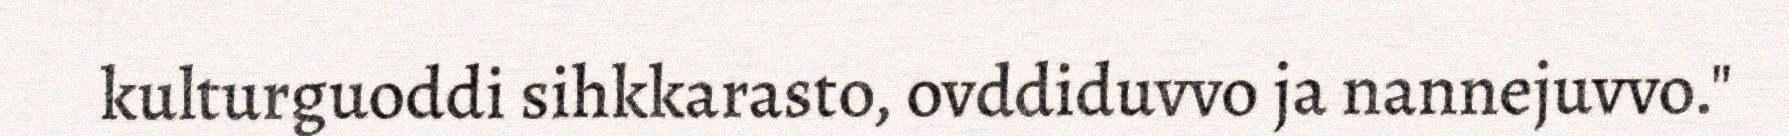
kulturguoddi sihkkarasto, ovddiduvvo ja nannejuvvo."